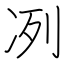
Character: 冽